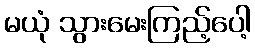
မယုံ သွားမေးကြည့်ပေါ့